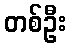
တစ်ဦး